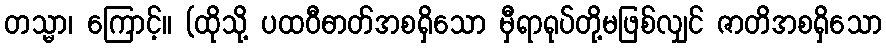
တသ္မာ၊ ကြောင့်။ (ထိုသို့ ပထဝီဓာတ်အစရှိသော မှီရာရုပ်တို့မဖြစ်လျှင် ဇာတိအစရှိသော